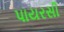
પાયરસી